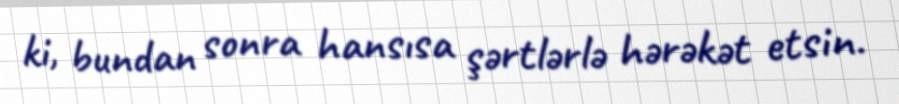
ki, bundan sonra hansısa şərtlərlə hərəkət etsin.